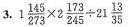
3. $$1 \frac{1 4 5}{2 7 3} \times 2 \frac{1 7 3}{2 4 5}\div 2 1 \frac{1 3}{3 5}$$